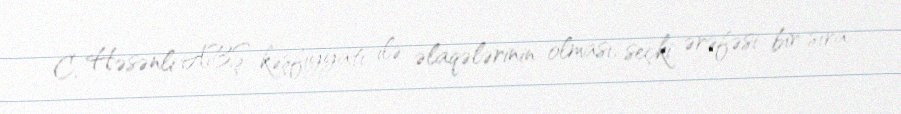
C. Həsənli ABŞ kəşfiyyatı ilə əlaqələrinin olması, seçki ərəfəsi bir sıra